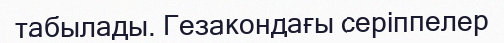
табылады. Гезакондағы серіппелер